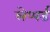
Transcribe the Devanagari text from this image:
लेप्पर्ड